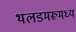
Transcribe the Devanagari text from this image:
थलडमरूमध्य